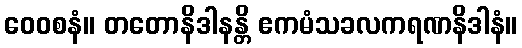
ဝေဝစနံ။ တတောနိဒါနန္တိ ဧကမံသခလကရဏနိဒါနံ။